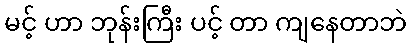
မင့် ဟာ ဘုန်းကြီး ပင့် တာ ကျနေတာဘဲ